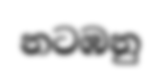
නටඹනු